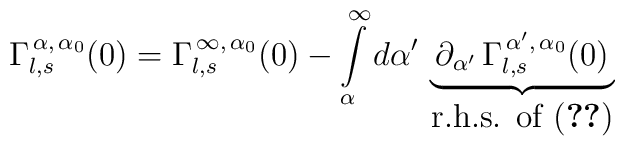
\Gamma_{l,s}^{\,\alpha,\,\alpha_{0}}(0)=\Gamma_{l,s}^{\,\infty,\,\alpha_{0}}(0)-\int\limits_{\alpha}^{\infty}d\alpha'\,\underbrace{\,\partial_{\alpha'}\,\Gamma_{l,s}^{\,\alpha',\,\alpha_{0}}(0)\,}_{\mbox{r.h.s. of (\ref{fg5})}}